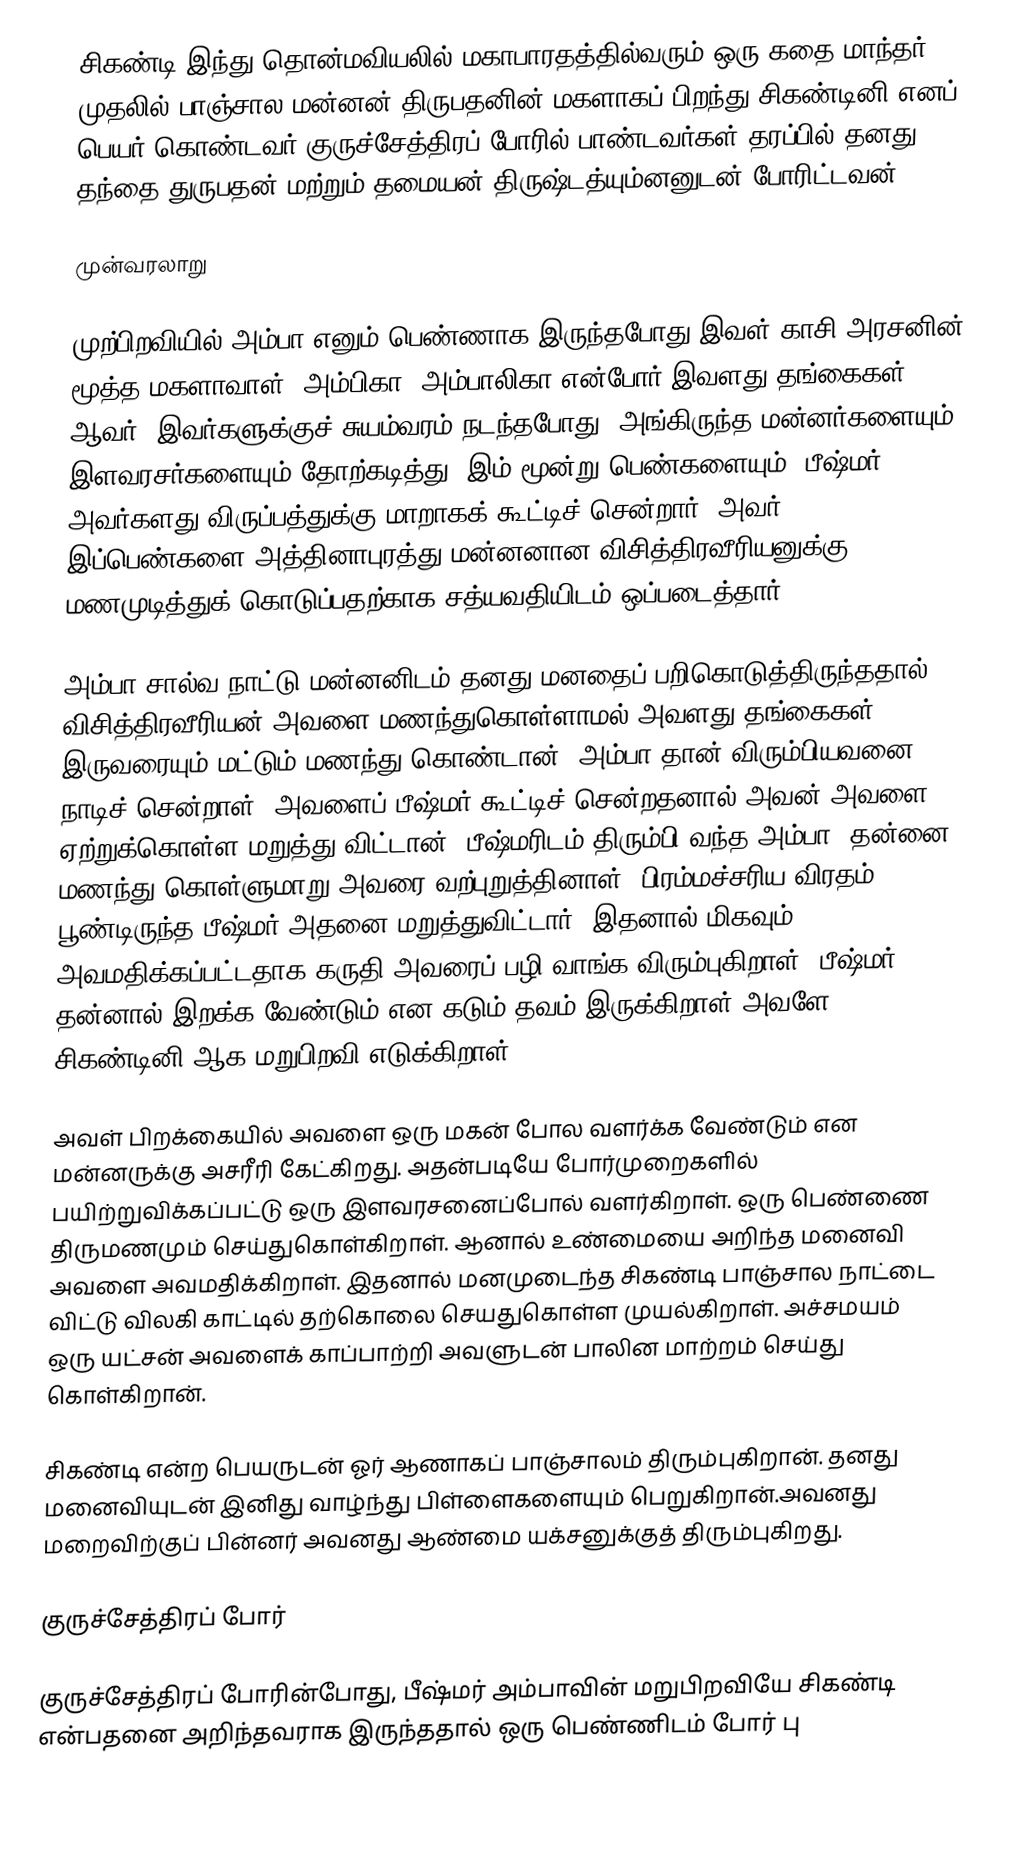
சிகண்டி இந்து தொன்மவியலில் மகாபாரதத்தில்வரும் ஒரு கதை மாந்தர். முதலில் பாஞ்சால மன்னன் திருபதனின் மகளாகப் பிறந்து சிகண்டினி எனப் பெயர் கொண்டவர்.குருச்சேத்திரப் போரில் பாண்டவர்கள் தரப்பில் தனது தந்தை துருபதன் மற்றும் தமையன் திருஷ்டத்யும்னனுடன் போரிட்டவன்.

முன்வரலாறு

முற்பிறவியில் அம்பா எனும் பெண்ணாக இருந்தபோது இவள் காசி அரசனின் மூத்த மகளாவாள். அம்பிகா, அம்பாலிகா என்போர் இவளது தங்கைகள் ஆவர். இவர்களுக்குச் சுயம்வரம் நடந்தபோது, அங்கிருந்த மன்னர்களையும், இளவரசர்களையும் தோற்கடித்து, இம் மூன்று பெண்களையும், பீஷ்மர் அவர்களது விருப்பத்துக்கு மாறாகக் கூட்டிச் சென்றார். அவர், இப்பெண்களை அத்தினாபுரத்து மன்னனான விசித்திரவீரியனுக்கு மணமுடித்துக் கொடுப்பதற்காக சத்யவதியிடம் ஒப்படைத்தார்.

அம்பா சால்வ நாட்டு மன்னனிடம் தனது மனதைப் பறிகொடுத்திருந்ததால் விசித்திரவீரியன் அவளை மணந்துகொள்ளாமல் அவளது தங்கைகள் இருவரையும் மட்டும் மணந்து கொண்டான். அம்பா தான் விரும்பியவனை நாடிச் சென்றாள். அவளைப் பீஷ்மர் கூட்டிச் சென்றதனால் அவன் அவளை ஏற்றுக்கொள்ள மறுத்து விட்டான். பீஷ்மரிடம் திரும்பி வந்த அம்பா, தன்னை மணந்து கொள்ளுமாறு அவரை வற்புறுத்தினாள். பிரம்மச்சரிய விரதம் பூண்டிருந்த பீஷ்மர் அதனை மறுத்துவிட்டார். இதனால் மிகவும் அவமதிக்கப்பட்டதாக கருதி அவரைப் பழி வாங்க விரும்புகிறாள். பீஷ்மர் தன்னால் இறக்க வேண்டும் என கடும் தவம் இருக்கிறாள்.அவளே சிகண்டினி ஆக மறுபிறவி எடுக்கிறாள்.

அவள் பிறக்கையில் அவளை ஒரு மகன் போல வளர்க்க வேண்டும் என மன்னருக்கு அசரீரி கேட்கிறது. அதன்படியே போர்முறைகளில் பயிற்றுவிக்கப்பட்டு ஒரு இளவரசனைப்போல் வளர்கிறாள். ஒரு பெண்ணை திருமணமும் செய்துகொள்கிறாள். ஆனால் உண்மையை அறிந்த மனைவி அவளை அவமதிக்கிறாள். இதனால் மனமுடைந்த சிகண்டி பாஞ்சால நாட்டை விட்டு விலகி காட்டில் தற்கொலை செயதுகொள்ள முயல்கிறாள். அச்சமயம் ஒரு யட்சன் அவளைக் காப்பாற்றி அவளுடன் பாலின மாற்றம் செய்து கொள்கிறான்.

சிகண்டி என்ற பெயருடன் ஓர் ஆணாகப் பாஞ்சாலம் திரும்புகிறான். தனது மனைவியுடன் இனிது வாழ்ந்து பிள்ளைகளையும் பெறுகிறான்.அவனது மறைவிற்குப் பின்னர் அவனது ஆண்மை யக்சனுக்குத் திரும்புகிறது.

குருச்சேத்திரப் போர்

குருச்சேத்திரப் போரின்போது, பீஷ்மர் அம்பாவின் மறுபிறவியே சிகண்டி என்பதனை அறிந்தவராக இருந்ததால் ஒரு பெண்ணிடம் போர் பு